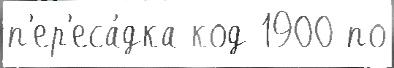
п'ер'еса́дка код 1900 по